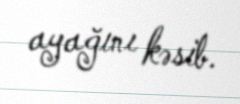
ayağını kəsib.